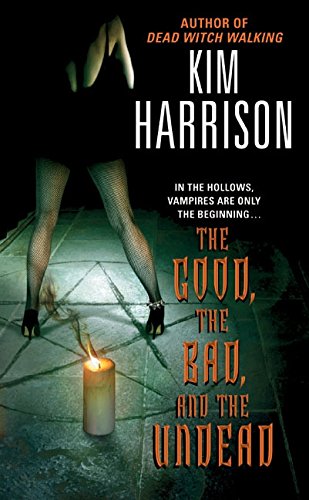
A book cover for The Good, the Bad, and the Undead (The Hollows, Book 2); Kim Harrison; Romance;